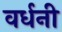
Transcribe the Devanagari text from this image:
वर्धनी